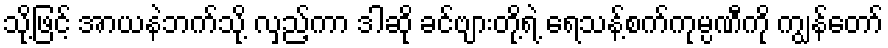
သို့ဖြင့် အာယနဲဘက်သို့ လှည့်ကာ ဒါဆို ခင်ဗျားတို့ရဲ့ ရေသန့်စက်ကုမ္ပဏီကို ကျွန်တော်